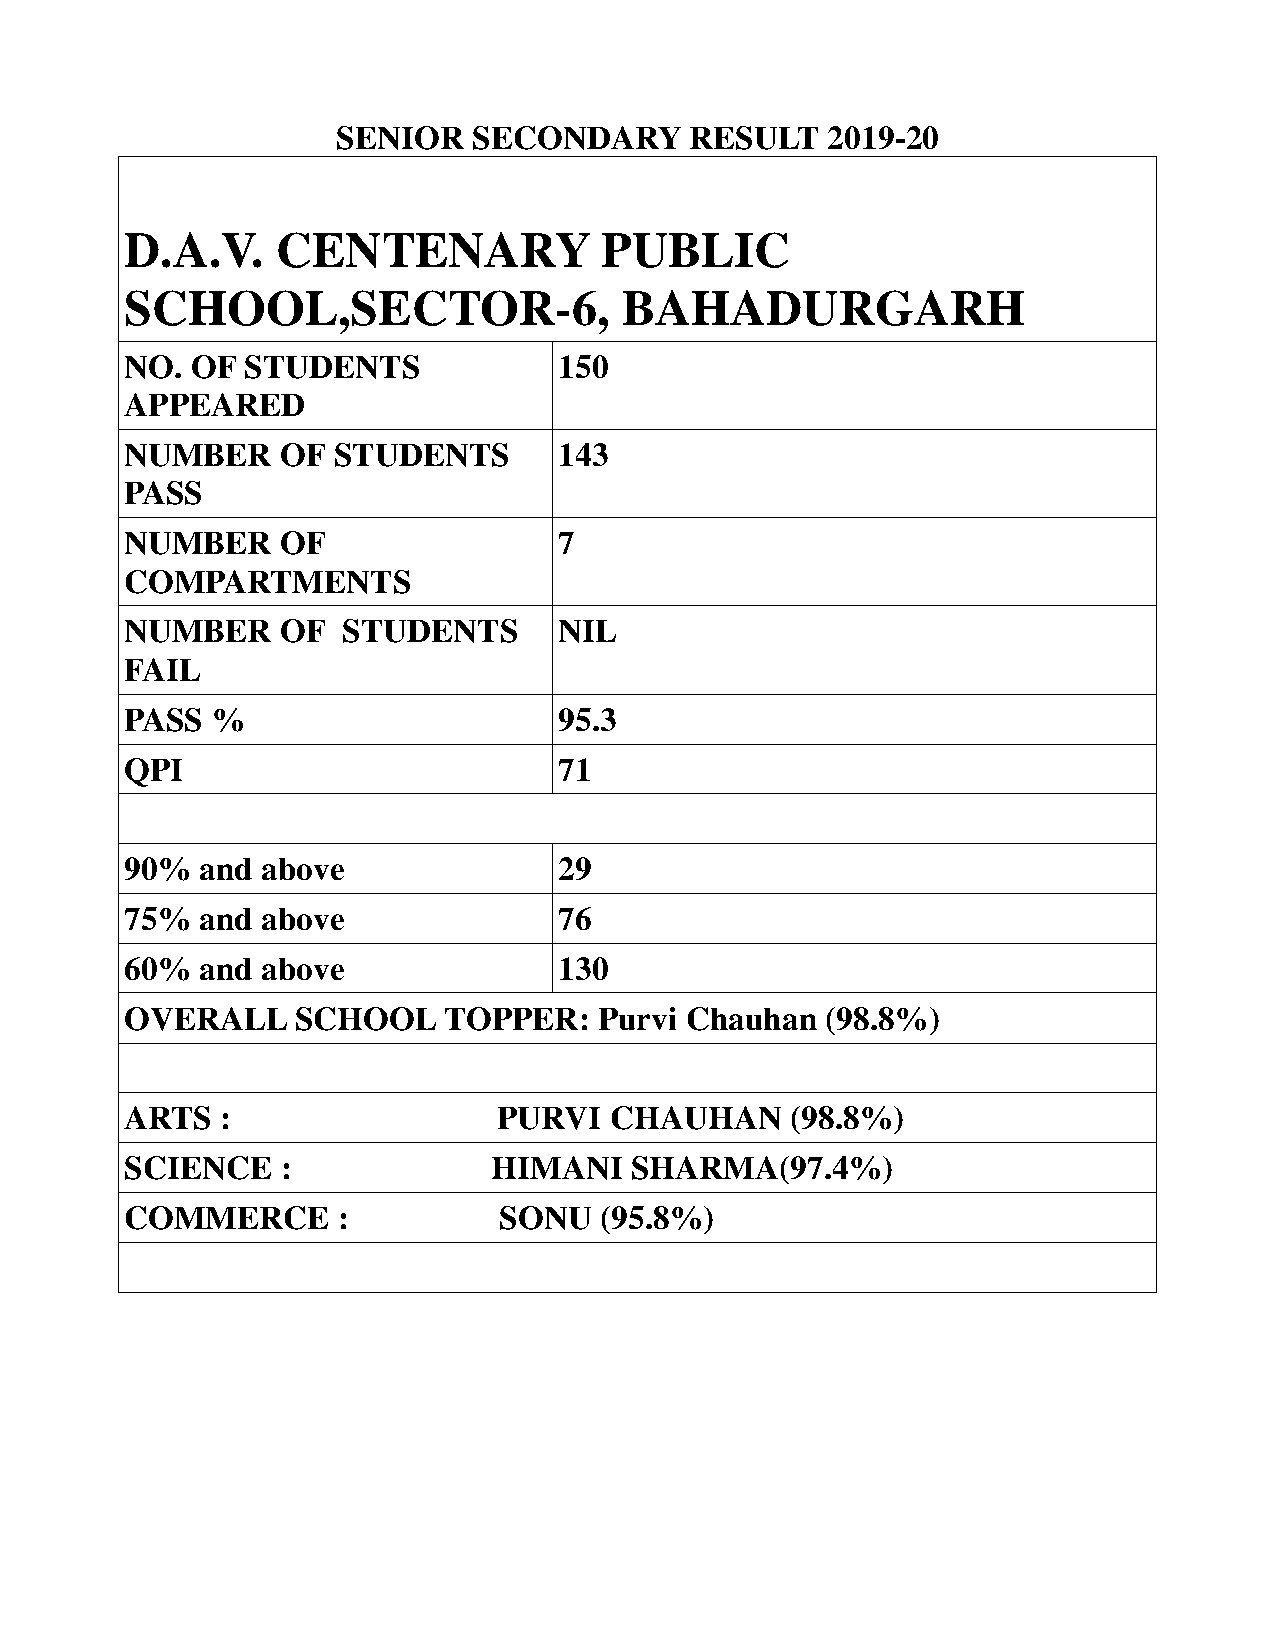
SENIOR   SECONDARY      RESULT   2019-20
 D.A.V.    CENTENARY             PUBLIC
 SCHOOL,SECTOR-6,                 BAHADURGARH
 NO.  OF STUDENTS             150
 APPEARED
 NUMBER     OF STUDENTS       143
 PASS
 NUMBER     OF                7
 COMPARTMENTS
 NUMBER     OF  STUDENTS      NIL
 FAIL
 PASS  %                      95.3
 QPI                          71
 90%  and above               29
 75%  and above               76
 60%  and above               130
 OVERALL     SCHOOL   TOPPER:    Purvi Chauhan  (98.8%)
 ARTS   :                 PURVI  CHAUHAN     (98.8%)
 SCIENCE    :             HIMANI   SHARMA(97.4%)
 COMMERCE      :          SONU   (95.8%)